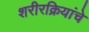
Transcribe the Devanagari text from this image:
शरीरक्रियांचे